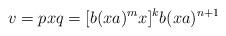
LaTeX: \begin{align*}v=pxq=[b(xa)^mx]^kb(xa)^{n+1}\end{align*}